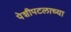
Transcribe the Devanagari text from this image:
पेशीपटलाच्या